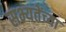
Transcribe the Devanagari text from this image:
सभ्यतेंच्या